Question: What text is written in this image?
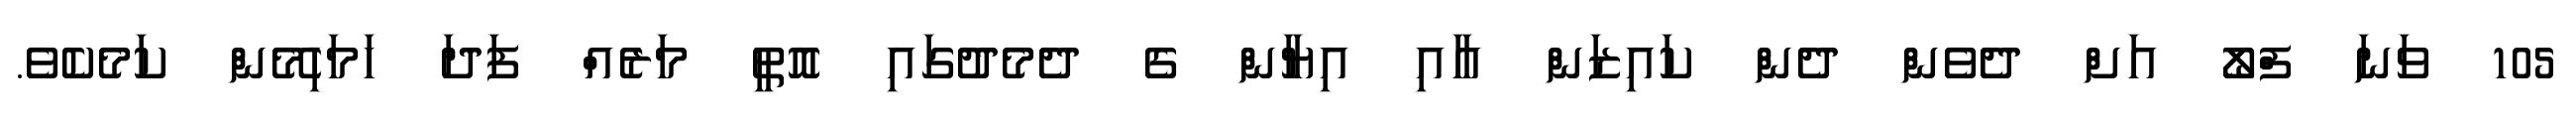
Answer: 105 ވަނަ ފްލޯ އަށް ދެވެން ދެން ކައިޒަން އާއި އިޔާން ގެ ދެމެދުގައި އޮތީ މަރެއް ފަދަ ހަމަހިމޭން ކަމެކެވެ.